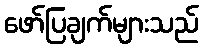
ဖော်ပြချက်များသည်